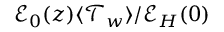
\mathcal { E } _ { 0 } ( z ) \langle \mathcal { T } _ { w } \rangle / \mathcal { E } _ { H } ( 0 )